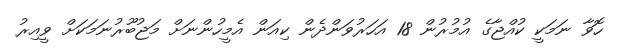
ހޮވާ ނަމަކީ ކުއްޖާގެ އުމުރުން 18 އަހަރުވަންދެން ކިއަން އެމީހުންނަށް މަޖުބޫރުނަމަކަށް ވީއިރު